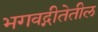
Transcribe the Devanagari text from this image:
भगवद्गीतेतील